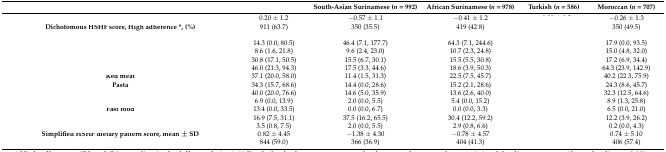
<table><thead><tr><td>[EMPTY_CELL]</td><td>[EMPTY_CELL]</td><td><b>South-Asian Surinamese (<i>n</i> = 992)</b></td><td><b>African Surinamese (<i>n</i> = 978)</b></td><td><b>Turkish (<i>n</i> = 586)</b></td><td><b>Moroccan (<i>n</i> = 707)</b></td></tr></thead><tbody><tr><td>[EMPTY_CELL]</td><td>0.20 ± 1.2</td><td>−0.57 ± 1.1</td><td>−0.41 ± 1.2</td><td>[EMPTY_CELL]</td><td>−0.26 ± 1.3</td></tr><tr><td><b>Dichotomous HSHF score, High adherence *, (%)</b></td><td>911 (63.7)</td><td>350 (35.5)</td><td>419 (42.8)</td><td>[EMPTY_CELL]</td><td>350 (49.5)</td></tr><tr><td>[EMPTY_CELL]</td><td>[EMPTY_CELL]</td><td>[EMPTY_CELL]</td><td>[EMPTY_CELL]</td><td colspan="2">[EMPTY_CELL]</td></tr><tr><td>[EMPTY_CELL]</td><td>14.3 (0.0, 80.5)</td><td>46.4 (7.1, 177.7)</td><td>64.3 (7.1, 244.6)</td><td>[EMPTY_CELL]</td><td>17.9 (0.0, 93.5)</td></tr><tr><td>[EMPTY_CELL]</td><td>8.6 (1.6, 21.8)</td><td>9.6 (2.4, 23.0)</td><td>10.7 (2.3, 24.8)</td><td>[EMPTY_CELL]</td><td>15.0 (4.8, 32.0)</td></tr><tr><td>[EMPTY_CELL]</td><td>30.8 (17.1, 50.5)</td><td>15.5 (6.7, 30.1)</td><td>15.5 (5.5, 30.8)</td><td>[EMPTY_CELL]</td><td>17.2 (6.9, 34.4)</td></tr><tr><td>[EMPTY_CELL]</td><td>46.0 (21.3, 94.3)</td><td>17.5 (3.3, 44.6)</td><td>18.6 (3.9, 50.3)</td><td>[EMPTY_CELL]</td><td>64.3 (23.9, 142.9)</td></tr><tr><td><b>Red meat</b></td><td>37.1 (20.0, 58.0)</td><td>11.4 (1.5, 31.3)</td><td>22.5 (7.5, 45.7)</td><td>[EMPTY_CELL]</td><td>40.2 (22.3, 75.9)</td></tr><tr><td><b>Pasta</b></td><td>34.3 (15.7, 68.6)</td><td>14.4 (0.0, 28.6)</td><td>15.2 (2.1, 28.6)</td><td>[EMPTY_CELL]</td><td>24.3 (8.6, 45.7)</td></tr><tr><td>[EMPTY_CELL]</td><td>40.0 (20.0, 76.6)</td><td>14.6 (5.0, 35.9)</td><td>13.6 (2.6, 40.0)</td><td>[EMPTY_CELL]</td><td>32.3 (12.5, 64.6)</td></tr><tr><td>[EMPTY_CELL]</td><td>6.9 (0.0, 13.9)</td><td>2.0 (0.0, 5.5)</td><td>5.4 (0.0, 15.2)</td><td>[EMPTY_CELL]</td><td>8.9 (1.3, 25.8)</td></tr><tr><td><b>Fast food</b></td><td>13.4 (0.0, 33.5)</td><td>0.0 (0.0, 6.7)</td><td>0.0 (0.0, 3.3)</td><td>[EMPTY_CELL]</td><td>6.5 (0.0, 21.0)</td></tr><tr><td>[EMPTY_CELL]</td><td>16.9 (7.5, 31.1)</td><td>37.5 (16.2, 65.5)</td><td>30.4 (12.2, 59.2)</td><td>[EMPTY_CELL]</td><td>12.2 (3.9, 26.2)</td></tr><tr><td>[EMPTY_CELL]</td><td>3.5 (0.8, 7.5)</td><td>2.0 (0.0, 5.5)</td><td>2.9 (0.8, 6.6)</td><td>[EMPTY_CELL]</td><td>0.2 (0.0, 4.3)</td></tr><tr><td><b>Simplified HSHF dietary pattern score, mean ± SD</b></td><td>0.82 ± 4.45</td><td>−1.38 ± 4.30</td><td>−0.78 ± 4.57</td><td>[EMPTY_CELL]</td><td>0.74 ± 5.10</td></tr><tr><td>[EMPTY_CELL]</td><td>844 (59.0)</td><td>366 (36.9)</td><td>404 (41.3)</td><td>[EMPTY_CELL]</td><td>406 (57.4)</td></tr></tbody></table>